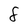
Character: 8